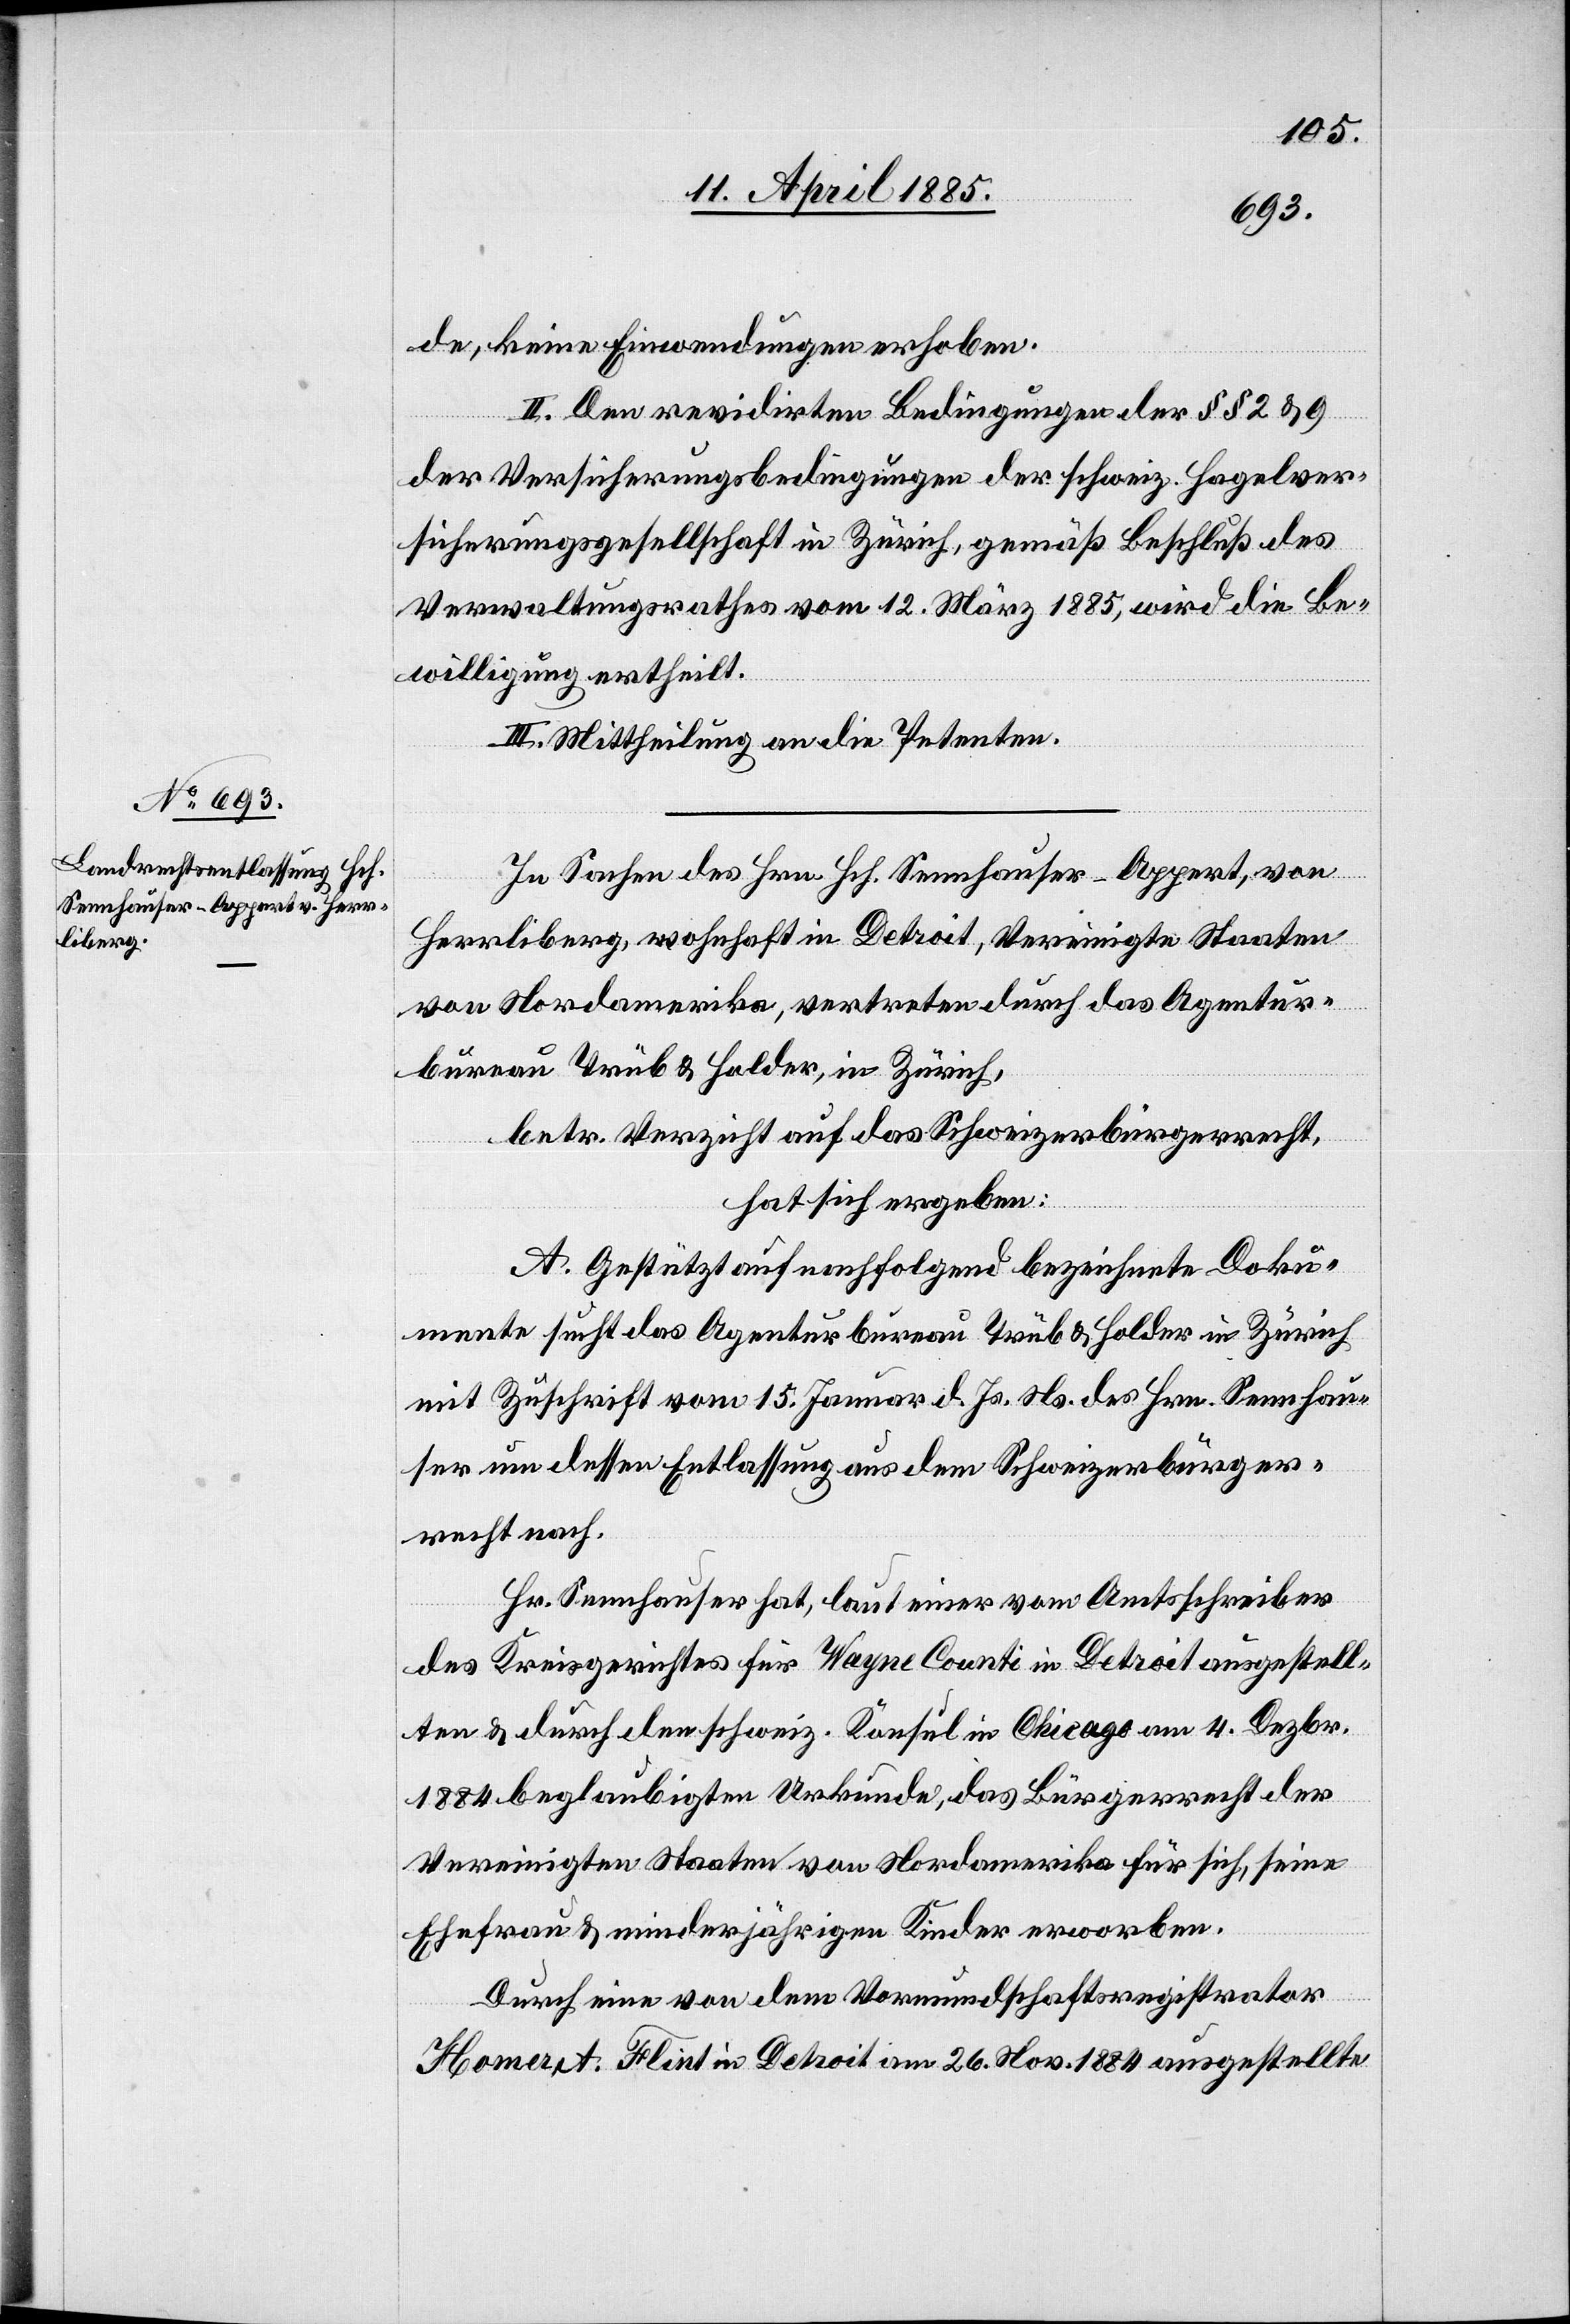
de, keine Einwendungen erhoben.
II. Den revidirten Bedingungen der §§ 2 & 9
der Versicherungsbedingungen der schweiz. Hagelver¬
sicherungsgesellschaft in Zürich, gemäß Beschluß des
Verwaltungsrathes vom 12. März 1885, wird die Be¬
willigung ertheilt.
II. Mittheilung an die Petenten.
In Sachen des Hrn. Hch. Sennhauser-Appert, von
Herrliberg, wohnhaft in Detroit, Vereinigte Staaten
von Nordamerika, vertreten durch das Agentur¬
bureau Trüb & Holder, in Zürich,
betr. Verzicht auf das Schweizerbürgerrecht,
hat sich ergeben:
A. Gestützt auf nachfolgend bezeichnete Doku¬
mente sucht das Agenturbureau Trüb & Holder in Zürich
mit Zuschrift vom 15. Januar d. Js. Ns. des Hrn. Sennhau¬
ser um dessen Entlassung aus dem Schweizerbürger¬
recht nach.
Hr. Sennhauser hat, laut einer vom Amtsschreiber
des Kreisgerichtes für Wayne Counti in Detroit ausgestell¬
ten & durch den schweiz. Konsul in Chicago am 4. Dezbr.
1884 beglaubigten Urkunde, das Bürgerrecht der
Vereinigten Staaten von Nordamerika für sich, seine
Ehefrau & minderjährigen Kinder erworben.
Durch eine von dem Vormundschaftsregistrator
Homer A. Flint in Detroit am 26. Nov. 1884 ausgestellte